Lunatic asylums Burma 1907-21 - 1907-1921
Year: 1907
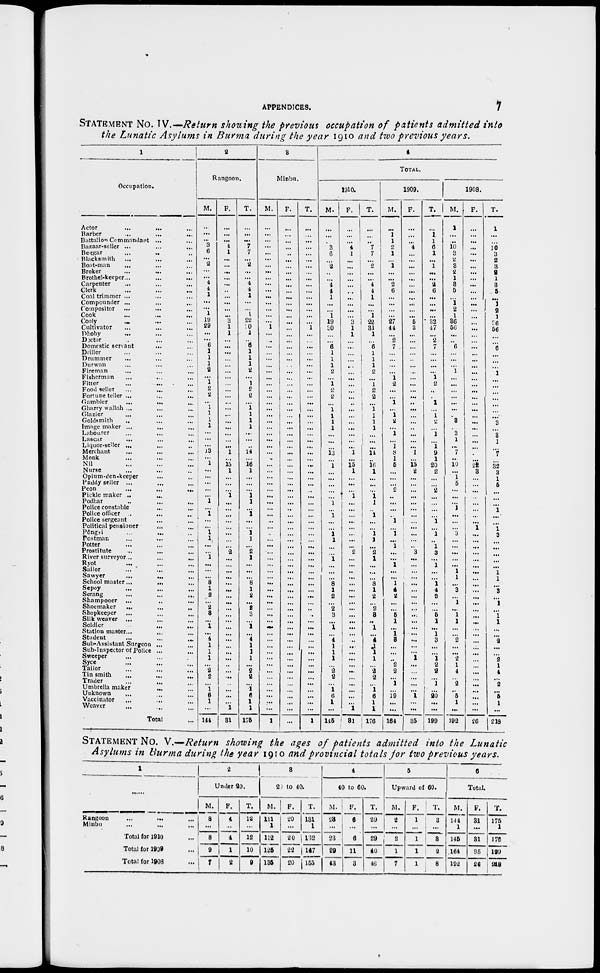
APPENDICES.
7
STATEMENT No. IV.—Return showing the previous occupation of patients admitted into
the Lunatic Asylums in Burma during the year 1910 and two previous years.
1
Occupation.
Actor ... ... ...
Barber ... ... ...
Battalion Commadant ... ...
Bazaar-seller ... ... ...
Beggar ... ... ...
Blacksmith ... ... ...
Boat-man ... ... ...
Broker ... ... ...
Brothel-keeper... ... ...
Carpenter
...
...
...
Clerk
...
...
...
Coal trimmer ... ... ...
Compounder ... ... ...
Compositor ... ... ...
Cook ... ... ...
Cooly
...
...
...
Cultivator ... ... ...
Dhoby
...
...
...
Doctor
...
...
Domestic servant ... ...
Driller
...
...
...
Drummer ... ... ...
Durwan ... ... ...
Fireman ... ... ...
Fisherman ... ... ...
Fitter ... ... ...
Food seller ... ... ...
Fortune teller ... ... ...
Gambler ... ... ...
Gharry wallah ... ... ...
Glazier ... ... ...
Goldsmith ... ... ...
Image maker ... ... ...
Labourer ... ... ...
Lascar ... ... ...
Liquor-seiler ... ... ...
Merchant ... ... ...
Monk ... ... ...
Nil ... ... ...
Nurse ... ... ...
Opium-den-keeper ... ...
Paddy seller ... ... ...
Peon
...
...
...
Pickle maker ... ... ...
Podhar ... ... ...
Police constable ... ...
Police officer ... ...
Police sergeant ... ...
Political pensioner ... ...
Pôngri ... ... ...
Postman ... ... ...
Potter ... ... ...
Prostitute ... ... ...
River surveyor ... ... ...
Ryot ... ... ...
Sailor ... ... ...
Sawyer ... ... ...
School master ... ... ...
Sepoy ... ... ...
Serang ... ... ...
Shampooer ... ... ...
Shoemaker
... ... ...
Shopkeeper ... ... ...
Silk weaver
... ... ...
Soldier ... ...
Station master ... ... ...
Student
...
...
...
Sub-Assistant Surgeon ... ...
Sub-Inspector of Police ... ...
Sweeper ... ... ...
Syce ... ... ...
Tailor ... ... ...
Tin smith
...
...
...
Trader ... ... ...
Umbrella maker ... ...
Unknown ... ... ...
Vaccinator ... ... ...
Weaver ... ... ...
Total ...
2
Rangoon.
M.
...
...
...
3
6
...
2
...
...
4
4
1
...
...
1
19
29
...
...
6
1
1
1
2
...
1
2
2
...
1
1
1
1
...
...
...
13
...
1
...
...
...
...
...
1
...
1
...
...
1
1
...
...
1
...
...
...
8
1
2
...
2
8
...
1
...
4
1
1
1
...
2
2
...
1
6
1
...
144
F.
...
...
...
4
1
...
...
...
...
...
...
...
...
...
...
3
1
1
...
...
...
...
...
...
...
...
...
...
...
...
...
...
...
...
...
...
1
...
15
1
...
...
...
1
...
...
...
...
...
...
...
...
2
...
...
...
...
...
...
...
...
...
...
...
...
...
...
...
...
...
...
...
...
...
...
...
...
1
31
T.
...
...
...
7
7
...
2
...
...
4
4
1
...
...
1
22
30
1
...
6
1
1
1
2
...
1
2
2
...
1
1
1
1
...
...
...
14
...
16
1
...
...
...
1
1
...
1
...
...
1
1
...
2
1
...
...
...
8
1
2
...
2
8
...
1
...
4
1
1
1
...
2
2
...
1
6
1
1
175
3
Minbu.
M.
...
...
...
...
...
...
...
...
...
...
...
...
...
...
...
...
1
...
...
...
...
...
...
...
...
...
...
...
...
...
...
...
...
...
...
...
...
...
...
...
...
...
...
...
...
...
...
...
...
...
...
...
...
...
...
...
...
...
...
...
...
...
...
...
...
...
...
...
...
...
...
...
...
...
...
...
...
...
1
F.
...
...
...
...
...
...
...
...
...
...
...
...
...
...
...
...
...
...
...
...
...
...
...
...
...
...
...
...
...
...
...
...
...
...
...
...
...
...
...
...
...
...
...
...
...
...
...
...
...
...
...
...
...
...
...
...
...
...
...
...
...
...
...
...
...
...
...
...
...
...
...
...
...
...
...
...
...
...
...
T.
...
...
...
...
...
...
...
...
...
...
...
...
...
...
...
...
1
...
...
...
...
...
...
...
...
...
...
...
...
...
...
...
...
...
...
...
...
...
...
...
...
...
...
...
...
...
...
...
...
...
... ...
...
...
...
...
...
...
...
...
...
...
...
...
...
...
...
...
...
...
...
...
...
...
...
...
...
...
1
4
TOTAL.
1910.
M.
...
...
...
3
6
...
2
...
...
4
4
1
...
...
1
19
30
...
...
6
1
1
1
2
...
1
2
2
...
1
1
1
1
...
...
...
13
...
1
...
...
...
...
...
1
...
1
...
...
1
1
...
...
1
...
...
...
8
1
2
...
2
3
...
1
...
4
1
1
1
...
2
2
...
1
6
1
...
145
F.
...
...
...
4
1
...
...
...
...
...
...
...
...
...
...
3
1
1
...
...
...
...
...
...
...
...
...
...
...
...
...
...
...
...
...
...
1
...
15
1
...
...
...
1
...
...
...
...
...
...
...
...
2
...
...
...
...
...
...
...
...
...
...
...
...
...
...
...
...
...
...
...
...
...
...
...
...
1
81
T.
...
...
...
7
7
... 2
...
...
4
4
1
...
...
1
22
31
1
...
6
1
1
1
2
...
1
2
2
...
1
1
1
1
...
...
...
14
...
16
1
...
...
...
1
1
...
1
...
...
1
1
...
2
1
...
...
...
8
1
2
...
2
3
...
1
...
4
1
1
1
...
2
2
...
1
6
1
1
176
1900.
M.
...
1 1
2
1
...
1
...
...
2
6
...
...
...
...
27
44
...
2
7
...
...
...
...
1
2
...
...
1
...
1
2
...
1
...
1
8 1
6
...
...
...
2
...
...
...
...
1
...
1
...
1
...
...
1
...
...
1
4
2
...
...
5
1
...
1
8
...
...
...
2
2
...
1
...
19
...
...
164
F.
...
...
...
4
...
...
...
...
...
...
...
...
...
...
...
5
3
...
...
...
...
...
...
...
...
...
...
...
...
...
...
...
...
...
...
...
1
...
15
2
...
...
...
...
...
...
...
...
...
...
...
...
3
...
...
... ...
...
...
...
...
...
...
...
...
...
...
...
...
1
...
...
...
...
...
1
...
...
35
T.
...
1
1
6
1
...
1
...
...
2 6
...
...
...
...
32
47
...
2
7
...
...
...
...
1
2
...
...
1
...
1
2
...
1
...
1
9
1
20
2
...
...
2
...
...
...
...
1
...
1
...
1
3
...
1
...
...
1
4
2
...
...
5
1
...
1
3
...
...
1
2
2
...
1
...
20
...
...
199
1908.
M.
1
...
...
10
3
2
8
2
1
8
5 ...
1
2
1
36
56
...
...
6
...
...
...
1
...
...
...
...
...
...
...
8
...
3
1
...
7
...
10
...
1
5
...
...
...
1
...
...
...
3
...
...
...
...
...
1
1
...
3
...
1
...
1
1
...
...
2
...
...
2
1
4
...
2
...
5
1
...
192
F.
...
...
...
...
...
...
...
...
...
...
...
...
...
...
...
...
...
...
...
...
...
...
...
...
...
...
...
...
...
...
...
...
...
...
...
...
...
...
22
3
...
...
...
...
...
...
...
...
1
...
...
...
...
...
...
...
...
...
...
...
...
...
...
...
...
...
...
...
...
...
...
...
...
...
...
...
...
...
26
T.
1
...
...
10 3
2
3
2
1
3
5
...
1
2
1
36 56
...
...
6
...
...
...
1
...
...
...
...
...
...
...
8
...
3
1
...
7
...
32
3
1
5
...
...
...
1
...
...
1
3
...
...
...
...
...
1
1
...
3
...
1
...
1
1
...
...
2
...
...
2
1
4
...
2
...
5
1
...
218
STATEMENT No. V.—Return showing the ages of patients admitted into the Lunatic
Asylums in Burma during the year 1910 and provincial totals for two previous years.
1
—
Rangoon
... ... ...
Minbu
... ... ...
Total for 1910 ...
Total for 1909 ...
Total for 1908 ...
2
Under 20.
M.
8
...
8
9
7
F.
4
...
4
1
2
T.
12
...
12
10
9
3
20 to 40.
M.
111
1
112
125
135
F.
20
...
20
22
20
T.
131
1
132
147
155
4
40 to 60.
M.
23
...
23
29
43
F.
6
...
6
11
3
T.
29
...
29
40
46
5
Upward of
60.
M.
2
...
2
1
7
F.
1
...
1
1
1
T.
3
...
3
2
8
6
Total.
M.
144
1
145
164
192
F.
31
...
31
35
26
T.
175
1
176
199
218